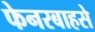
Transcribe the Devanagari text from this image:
फेनरबाहसे